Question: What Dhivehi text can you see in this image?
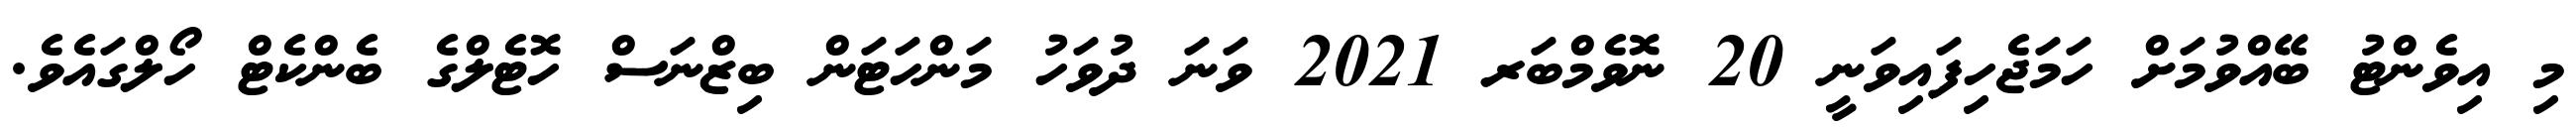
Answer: މި އިވެންޓު ބޭއްވުމަށް ހަމަޖެހިފައިވަނީ 20 ނޮވެމްބަރ 2021 ވަނަ ދުވަހު މަންހަޓަން ބިޒްނަސް ހޮޓެލްގެ ބެންކެޓް ހޯލްގައެވެ.